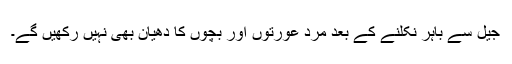
جیل سے باہر نکلنے کے بعد مرد عورتوں اور بچوں کا دھیان بھی نہیں رکھیں گے۔